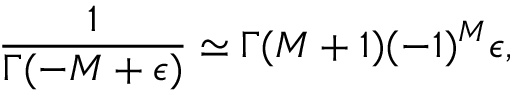
\frac 1 { \Gamma ( - M + \epsilon ) } \simeq \Gamma ( M + 1 ) ( - 1 ) ^ { M } \epsilon ,